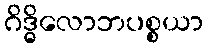
ဂိဒ္ဓိလောဘပစ္စယာ